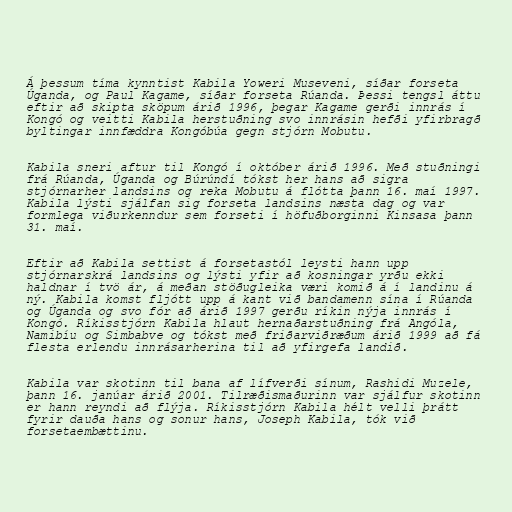
Á þessum tíma kynntist Kabila Yoweri Museveni, síðar forseta
Úganda, og Paul Kagame, síðar forseta Rúanda. Þessi tengsl áttu
eftir að skipta sköpum árið 1996, þegar Kagame gerði innrás í
Kongó og veitti Kabila herstuðning svo innrásin hefði yfirbragð
byltingar innfæddra Kongóbúa gegn stjórn Mobutu.

Kabila sneri aftur til Kongó í október árið 1996. Með stuðningi
frá Rúanda, Úganda og Búrúndí tókst her hans að sigra
stjórnarher landsins og reka Mobutu á flótta þann 16. maí 1997.
Kabila lýsti sjálfan sig forseta landsins næsta dag og var
formlega viðurkenndur sem forseti í höfuðborginni Kinsasa þann
31. maí.

Eftir að Kabila settist á forsetastól leysti hann upp
stjórnarskrá landsins og lýsti yfir að kosningar yrðu ekki
haldnar í tvö ár, á meðan stöðugleika væri komið á í landinu á
ný. Kabila komst fljótt upp á kant við bandamenn sína í Rúanda
og Úganda og svo fór að árið 1997 gerðu ríkin nýja innrás í
Kongó. Ríkisstjórn Kabila hlaut hernaðarstuðning frá Angóla,
Namibíu og Simbabve og tókst með friðarviðræðum árið 1999 að fá
flesta erlendu innrásarherina til að yfirgefa landið.

Kabila var skotinn til bana af lífverði sínum, Rashidi Muzele,
þann 16. janúar árið 2001. Tilræðismaðurinn var sjálfur skotinn
er hann reyndi að flýja. Ríkisstjórn Kabila hélt velli þrátt
fyrir dauða hans og sonur hans, Joseph Kabila, tók við
forsetaembættinu.